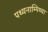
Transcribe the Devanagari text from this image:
पथ्यनाम्पिथ्या